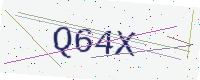
Text: Q64X